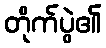
တိုက်ပွဲ၏